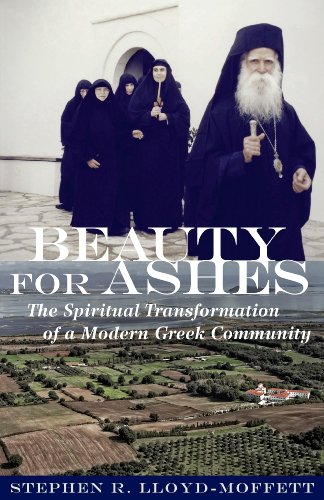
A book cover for Beauty for Ashes: The Spiritual Transformation of a Modern Greek Community; Stephen R. Lloyd-Moffett; Christian Books & Bibles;